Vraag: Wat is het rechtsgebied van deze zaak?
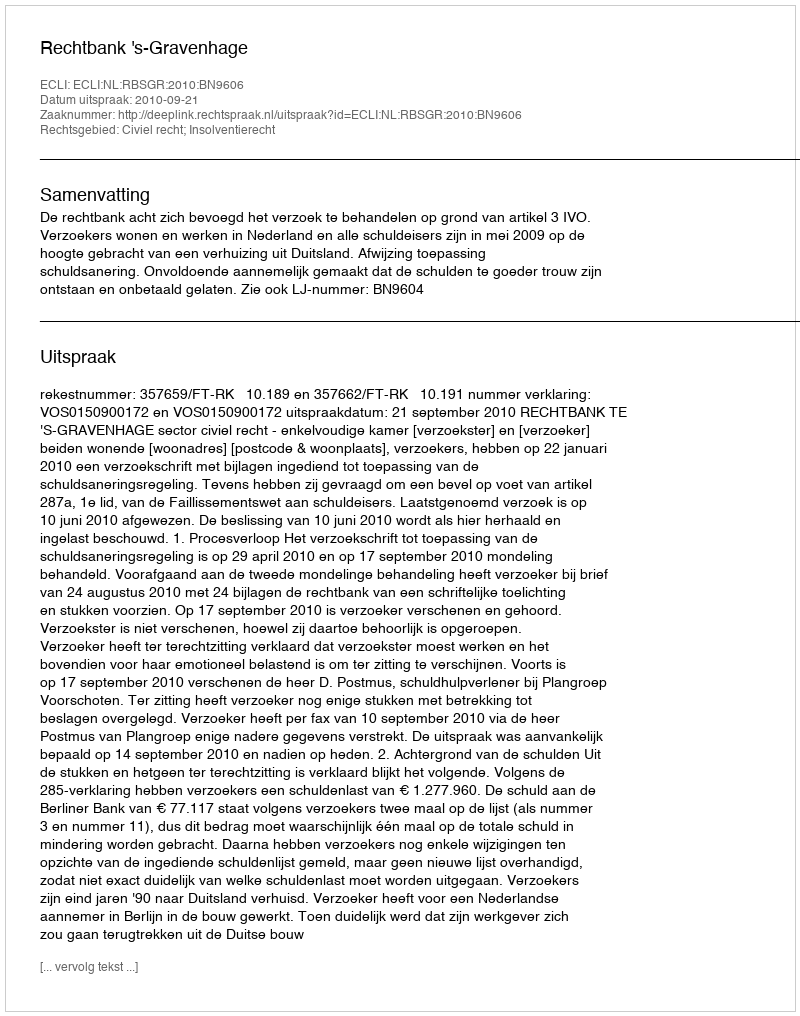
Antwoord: Civiel recht; Insolventierecht